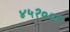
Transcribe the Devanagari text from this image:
४५२००८